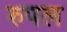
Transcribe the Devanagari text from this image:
रुपल